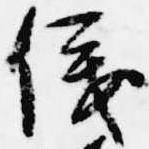
儀